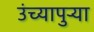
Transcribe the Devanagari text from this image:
उंच्यापुऱ्या